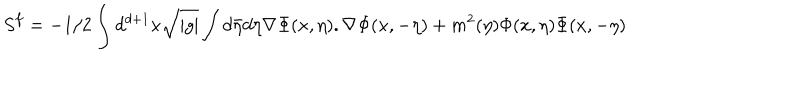
LaTeX: S ^ { f } = - 1 / 2 \int d ^ { d + 1 } x \sqrt { | g | } \int d \bar { \eta } d \eta \nabla \Phi ( x , \eta ) . \nabla \Phi ( x , - \eta ) + m ^ { 2 } ( \eta ) \Phi ( x , \eta ) \Phi ( x , - \eta )